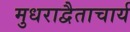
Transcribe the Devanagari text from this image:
मुधराद्वैताचार्य